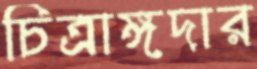
চিত্রাঙ্গদার